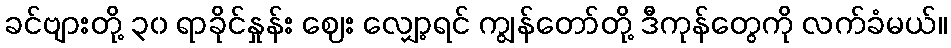
ခင်ဗျားတို့ ၃၀ ရာခိုင်နှုန်း ဈေး လျှော့ရင် ကျွန်တော်တို့ ဒီကုန်တွေကို လက်ခံမယ်။